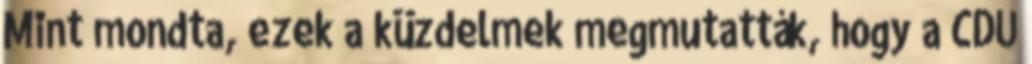
Mint mondta, ezek a küzdelmek megmutatták, hogy a CDU